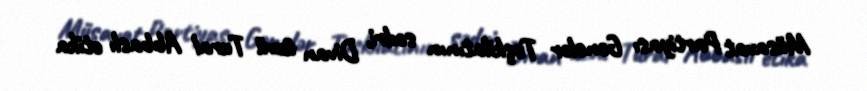
Müsavat Partiyası Gənclər Təşkilatının sədri, Divan üzvü Tural Abbaslı etika